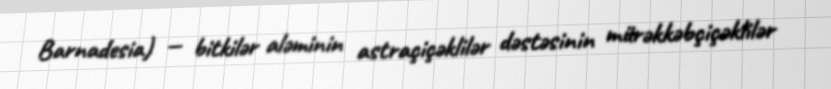
Barnadesia) — bitkilər aləminin astraçiçəklilər dəstəsinin mürəkkəbçiçəklilər